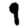
Digit: 9